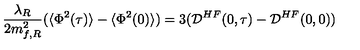
\frac { \lambda _ { R } } { 2 m _ { f , R } ^ { 2 } } ( \langle \Phi ^ { 2 } ( \tau ) \rangle - \langle \Phi ^ { 2 } ( 0 ) \rangle ) = 3 ( { \cal { D } } ^ { H F } ( 0 , \tau ) - { \cal { D } } ^ { H F } ( 0 , 0 ) )